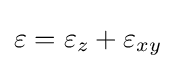
\varepsilon =\varepsilon _{z}+\varepsilon _{xy}